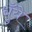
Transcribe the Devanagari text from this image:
धुँये